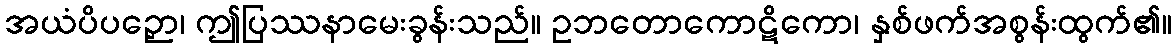
အယံပိပဉှော၊ ဤပြဿနာမေးခွန်းသည်။ ဥဘတောကောဋိကော၊ နှစ်ဖက်အစွန်းထွက်၏။